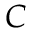
C